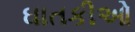
ઘાતકીઓ